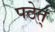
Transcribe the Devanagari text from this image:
पठेत्‌